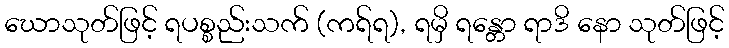
ဃောသုတ်ဖြင့် ရပစ္စည်းသက် (ကရ်ရ), ရမှိ ရန္တော ရာဒိ နော သုတ်ဖြင့်